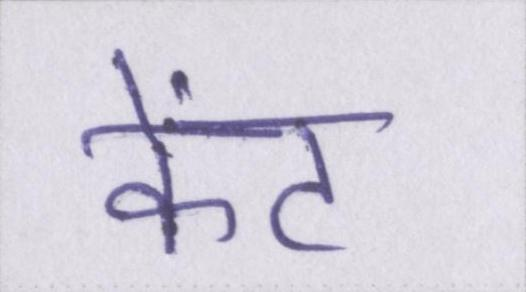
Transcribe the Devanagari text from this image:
केंट